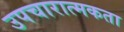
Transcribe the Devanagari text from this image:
उपचारात्मकता